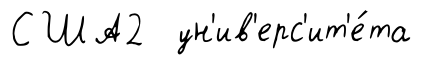
США2 ун'ив'ерс'ит'е́та